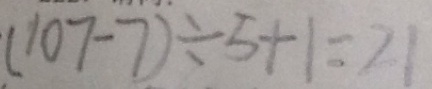
( 1 0 7 - 7 ) \div 5 + 1 = 2 1